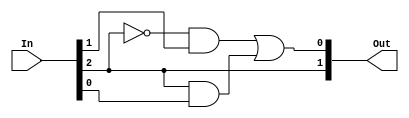
module E1 (In, Out);

	input [3:0] In;
	output [1:0] Out;

	assign Out[1] = In[2];
	assign Out[0] = (~In[2]&In[1]) | (In[2]&In[0]);   

endmodule


module E2 (In, Out);

	input [2:0] In;
	output [1:0] Out;
	
	assign Out[1] = In[2]&~In[1];
	assign Out[0] = (~In[2]&In[1]&~In[0]) | (In[2]&~In[1]&In[0]);

endmodule


module E3 (In, Out);

	input [5:0] In;
	output Out;
	
	assign Out = In[5];
	
endmodule